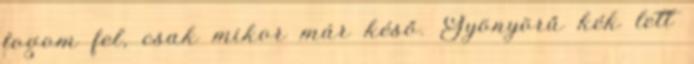
fogom fel, csak mikor már késő. Gyönyörű kék lett